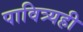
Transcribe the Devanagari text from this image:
पावित्र्यही